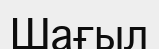
Шағыл